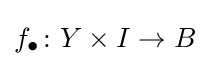
f_{\bullet }\colon Y\times I\to B